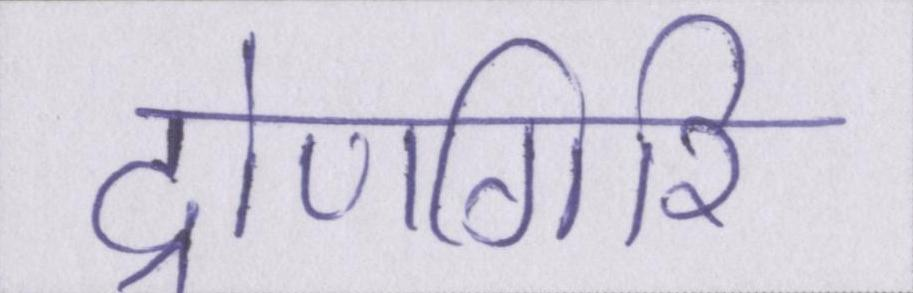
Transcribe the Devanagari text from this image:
द्रोणगिरि